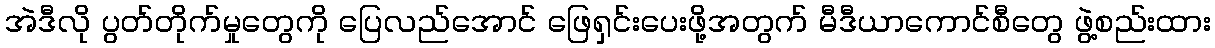
အဲဒီလို ပွတ်တိုက်မှုတွေကို ပြေလည်အောင် ဖြေရှင်းပေးဖို့အတွက် မီဒီယာကောင်စီတွေ ဖွဲ့စည်းထား